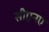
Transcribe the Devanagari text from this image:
सीएनए